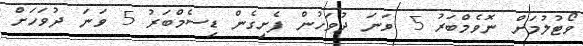
ވޯޓުލުމަށް ނޮވެމްބަރު 5 ވަނަ ދުވަހުން ފެށިގެން ޑިސެމްބަރު 5 ވަނަ ދުވަހަށް